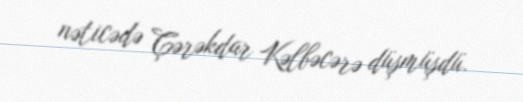
nəticədə Çərəkdar Kəlbəcərə düşmüşdü.